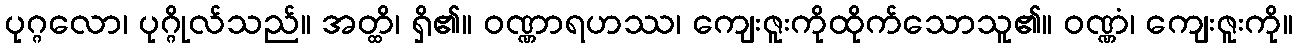
ပုဂ္ဂလော၊ ပုဂ္ဂိုလ်သည်။ အတ္ထိ၊ ရှိ၏။ ဝဏ္ဏာရဟဿ၊ ကျေးဇူးကိုထိုက်သောသူ၏။ ဝဏ္ဏံ၊ ကျေးဇူးကို။